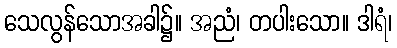
သေလွန်သောအခါ၌။ အညံ၊ တပါးသော။ ဒါရံ၊